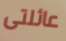
عائلتى